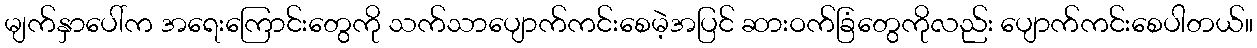
မျက်နှာပေါ်က အရေးကြောင်းတွေကို သက်သာပျောက်ကင်းစေမဲ့အပြင် ဆားဝက်ခြံတွေကိုလည်း ပျောက်ကင်းစေပါတယ်။